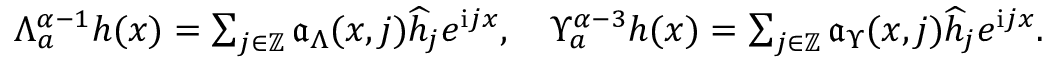
\begin{array} { r } { \Lambda _ { a } ^ { \alpha - 1 } h ( x ) = \sum _ { j \in \mathbb { Z } } \mathfrak { a } _ { \Lambda } ( x , j ) \widehat { h } _ { j } e ^ { \mathrm { i } j x } , \quad \Upsilon _ { a } ^ { \alpha - 3 } h ( x ) = \sum _ { j \in \mathbb { Z } } \mathfrak { a } _ { \Upsilon } ( x , j ) \widehat { h } _ { j } e ^ { \mathrm { i } j x } . } \end{array}